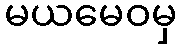
မယမေဝမှ